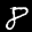
Label: 8